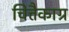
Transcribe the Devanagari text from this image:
चित्तैकाग्र